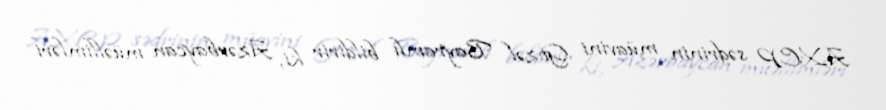
AXCP sədrinin müavini Gözəl Bayramlı bildirir ki, Azərbaycan müəllimləri